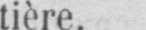
tière.